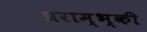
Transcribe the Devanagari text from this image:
प्रराम्भ्की